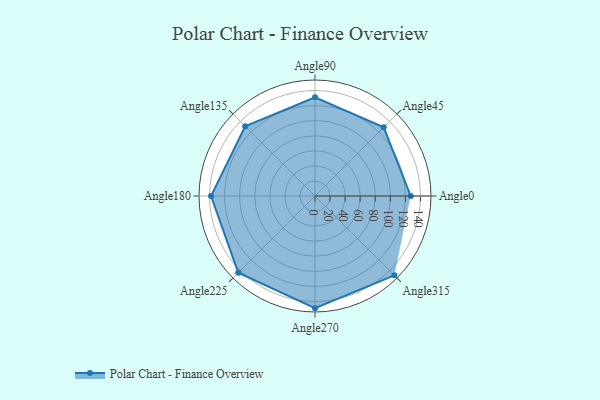
{"axis": {"x": "Angle", "y": "Radius"}, "legend": [""], "data": [{"x": "Angle0", "y": 127.0, "type": ""}, {"x": "Angle45", "y": 129.0, "type": ""}, {"x": "Angle90", "y": 131.0, "type": ""}, {"x": "Angle135", "y": 131.0, "type": ""}, {"x": "Angle180", "y": 138.0, "type": ""}, {"x": "Angle225", "y": 144.0, "type": ""}, {"x": "Angle270", "y": 149.0, "type": ""}, {"x": "Angle315", "y": 149.0, "type": ""}]}